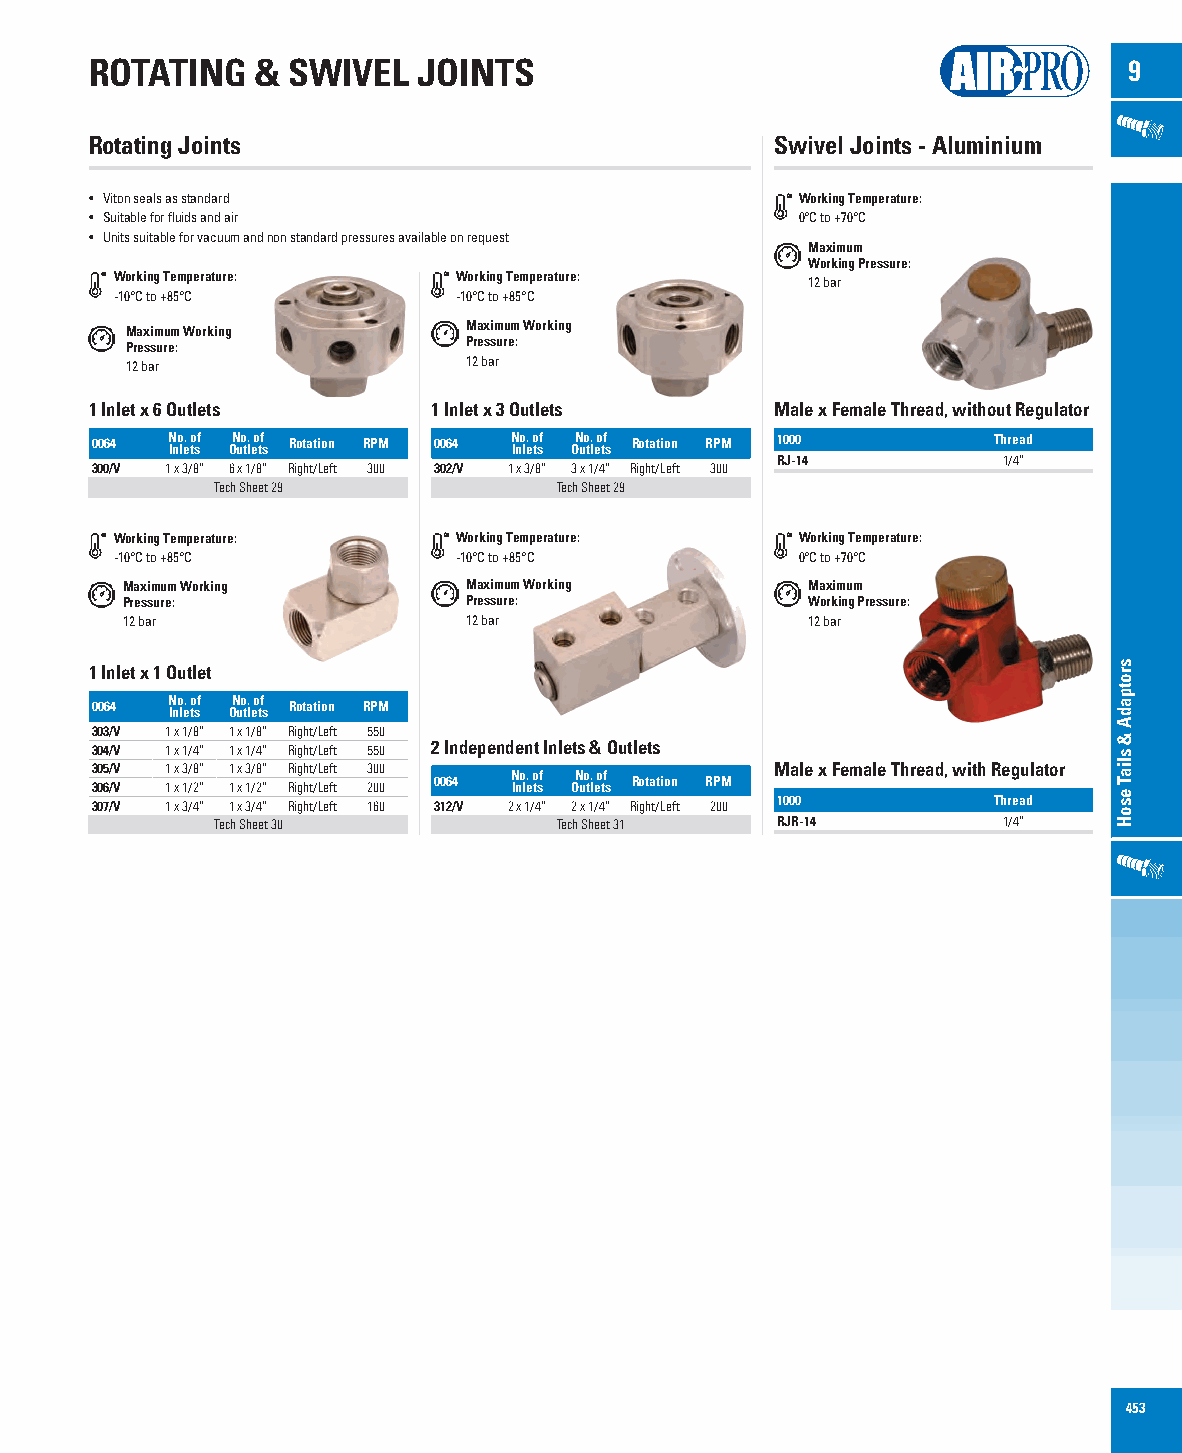
ROTATING   & SWIVEL   JOINTS                                         9
 Rotating Joints                              Swivel Joints - Aluminium
 • Viton seals as standard                      Working Temperature:
 • Suitable for fluids and air                  0°C to +70°C
 • U nits suitable for vacuum and non standard pressures available on request
 Maximum
 Working Pressure:
 Working Temperature:  Working Temperature:   12 bar
 -10°C to +85°C        -10°C to +85°C
 Maximum Working        Maximum Working
 Pressure:              Pressure:
 12 bar                 12 bar
 1 Inlet x 6 Outlets    1 Inlet x 3 Outlets   Male x Female Thread, without Regulator
 0064 N Ino le. o tsf ON uo tl. eo tf s Rotation RPM 0064 N Ino le. o tsf ON uo tl. eo tf s Rotation RPM 1000 Thread
 RJ-14          1/4”
 300/V 1 x 3/8” 6 x 1/8” Right/Left 300 302/V 1 x 3/8” 3 x 1/4” Right/Left 300
 Tech Sheet 29          Tech Sheet 29
 Working Temperature:  Working Temperature:   Working Temperature:
 -10°C to +85°C        -10°C to +85°C         0°C to +70°C
 Maximum Working        Maximum Working       Maximum
 Pressure:              Pressure:             Working Pressure:
 12 bar                 12 bar                12 bar
 1 Inlet x 1 Outlet
 0064 N Ino le. o tsf ON uo tl. eo tf s Rotation RPM
 303/V 1 x 1/8” 1 x 1/8” Right/Left 550
 304/V 1 x 1/4” 1 x 1/4” Right/Left 550 2 Independent Inlets & Outlets
 3 30 05 6/ /V V 1 1 x x 3 1/ /8 2” ” 1 1 x x 3 1/ /8 2” ” R Ri ig gh ht t/ /L Le ef ft t 3 20 00 0 0064 N Ino le. o tsf ON uo tl. eo tf s Rotation RPM Male x Female Thread, with Regulator
 307/V 1 x 3/4” 1 x 3/4” Right/Left 160 312/V 2 x 1/4” 2 x 1/4” Right/Left 200 1000 Thread
 Tech Sheet 30          Tech Sheet 31 RJR-14         1/4”
 453
 srotpadA
 &
 sliaT
 esoH